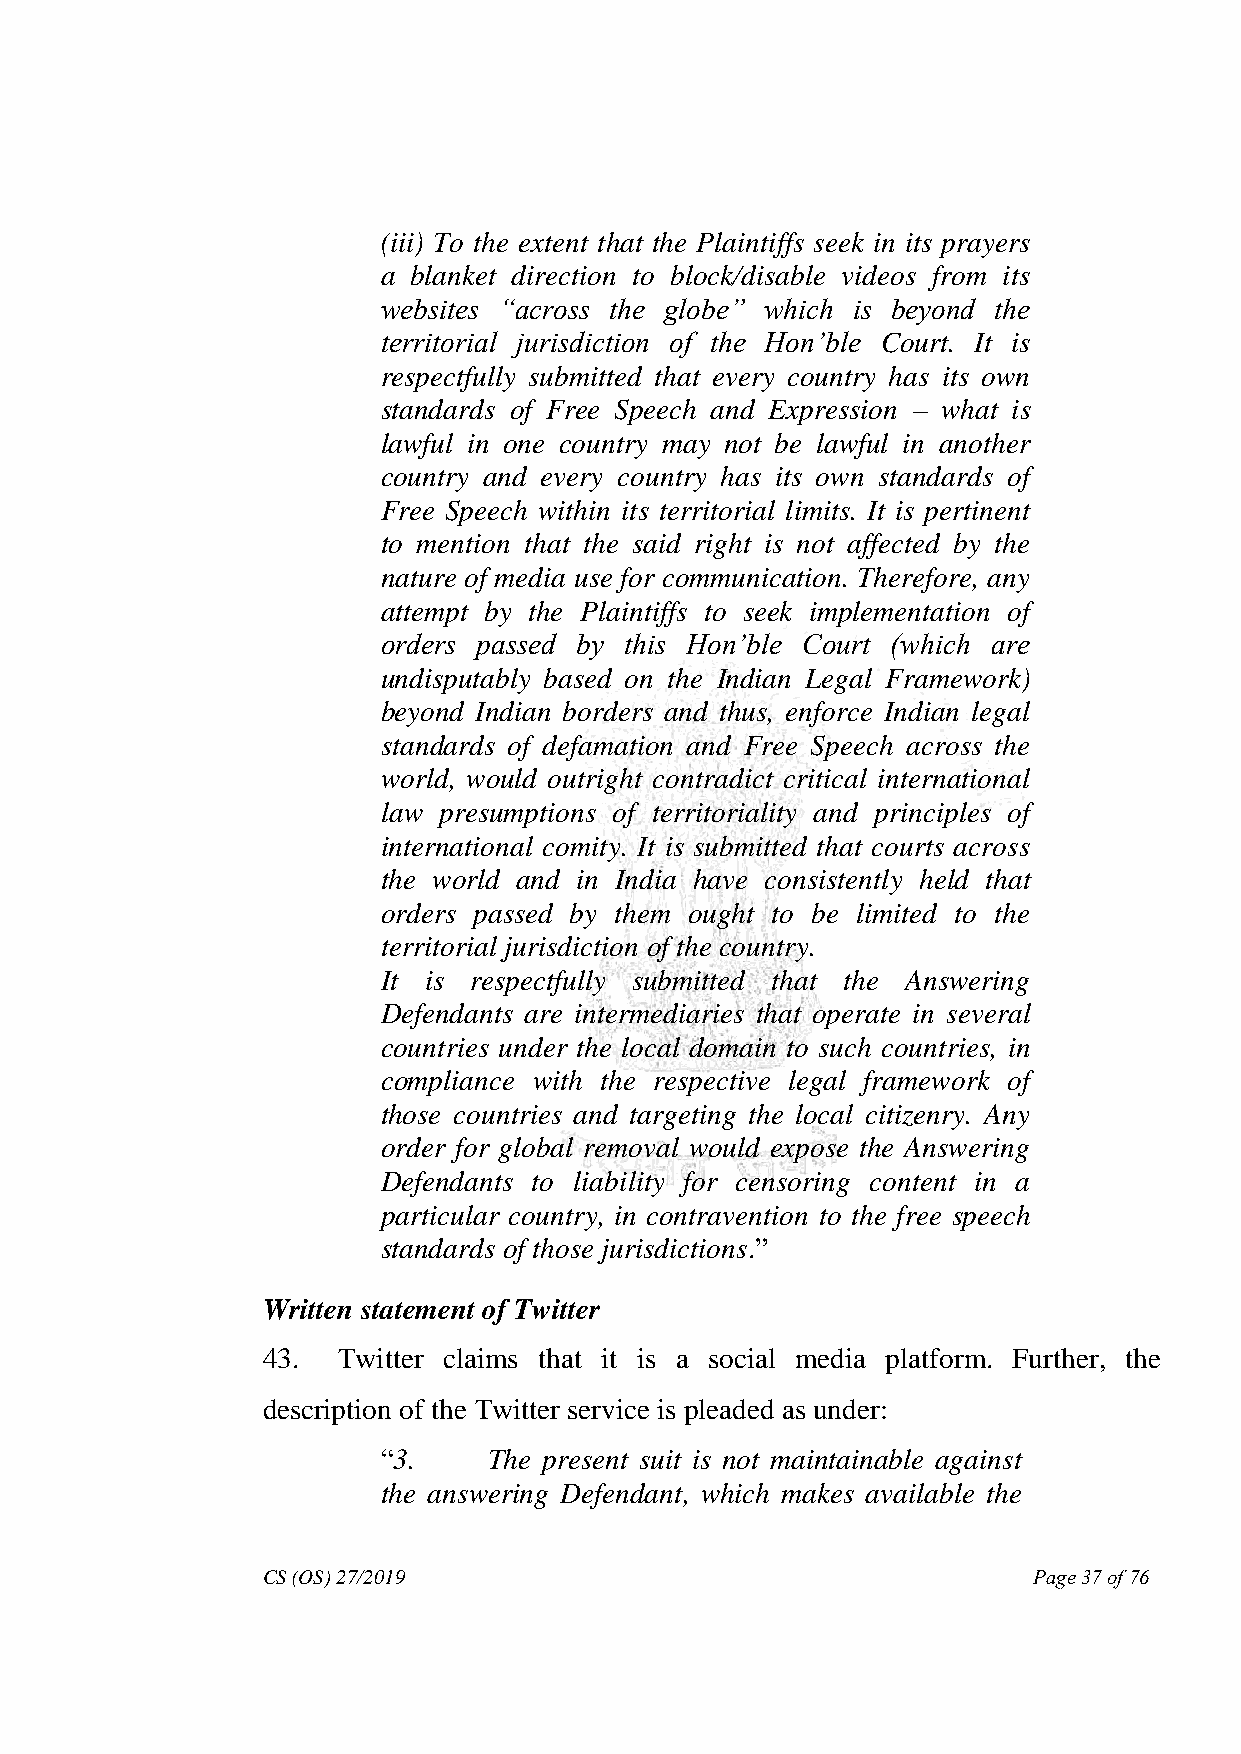
(iii) To the extent that the Plaintiffs seek in its prayers
 a blanket direction to block/disable videos from its
 websites ―across the globe‖ which is beyond the
 territorial jurisdiction of the Hon‘ble Court. It is
 respectfully submitted that every country has its own
 standards of Free Speech and Expression – what is
 lawful in one country may not be lawful in another
 country and every country has its own standards of
 Free Speech within its territorial limits. It is pertinent
 to mention that the said right is not affected by the
 nature of media use for communication. Therefore, any
 attempt by the Plaintiffs to seek implementation of
 orders passed by this Hon‘ble Court (which are
 undisputably based on the Indian Legal Framework)
 beyond Indian borders and thus, enforce Indian legal
 standards of defamation and Free Speech across the
 world, would outright contradict critical international
 law presumptions of territoriality and principles of
 international comity. It is submitted that courts across
 the world and in India have consistently held that
 orders passed by them ought to be limited to the
 territorial jurisdiction of the country.
 It is respectfully submitted that the Answering
 Defendants are intermediaries that operate in several
 countries under the local domain to such countries, in
 compliance with the respective legal framework of
 those countries and targeting the local citizenry. Any
 order for global removal would expose the Answering
 Defendants to liability for censoring content in a
 particular country, in contravention to the free speech
 standards of those jurisdictions.”
 Written statement of Twitter
 43.  Twitter claims that it is a social media platform. Further, the
 description of the Twitter service is pleaded as under:
 “3.    The present suit is not maintainable against
 the answering Defendant, which makes available the
 CS (OS) 27/2019                                    Page 37 of 76